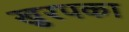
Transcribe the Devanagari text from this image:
खुरपका